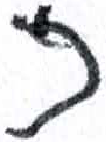
אות: ב